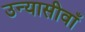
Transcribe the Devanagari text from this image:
उन्यासीवाँ